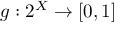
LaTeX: g : 2 ^ { X } \to [ 0 , 1 ]